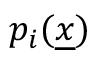
p _ { i } ( \underline { { x } } )